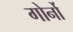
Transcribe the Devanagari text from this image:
गोर्नो